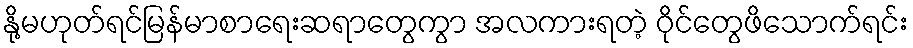
နို့မဟုတ်ရင်မြန်မာစာရေးဆရာတွေကွာ အလကားရတဲ့ ဝိုင်တွေဖိသောက်ရင်း